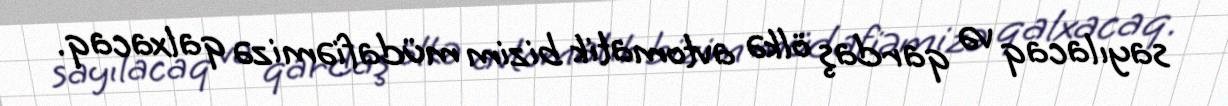
sayılacaq və qardaş ölkə avtomatik bizim müdafiəmizə qalxacaq.